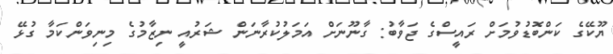
ޔޫކޭގެ ކަންބޮޑުވުމަށް ރައީސްގެ ޖަވާބު: ގާނޫނަށް އަމަލުކުރާނަން ޝަރުއީ ނިޒާމުގެ މިނިވަންކަމާ ގުޅޭ